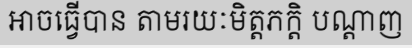
អាចធ្វើបាន តាមរយៈមិត្តភក្តិ បណ្តាញ